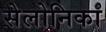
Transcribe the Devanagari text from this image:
सेलोनिका